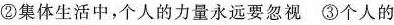
②集体生活中，个人的力量永远要忽视 ③个人的